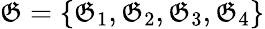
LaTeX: \mathfrak{G}=\left\{ \mathfrak{G}_{1},\mathfrak{G}_{2},\mathfrak{G}_{3},\mathfrak{G}_{4}\right\}